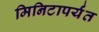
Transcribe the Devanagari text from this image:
मिनिटापर्यंत